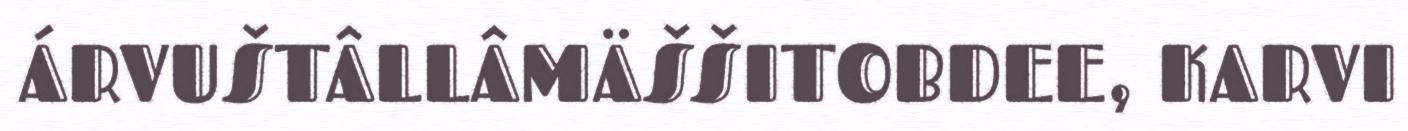
ÁRVUŠTÂLLÂMÄŠŠITOBDEE, KARVI